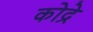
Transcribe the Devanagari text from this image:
कोद्रे